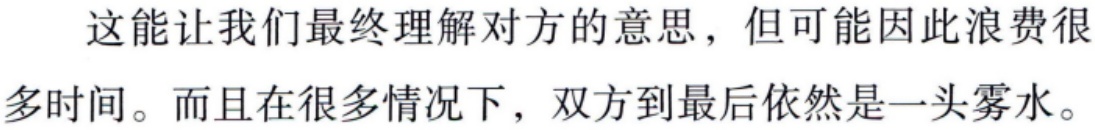
这能让我们最终理解对方的意思，但可能因此浪费很多时间。而且在很多情况下，双方到最后依然是一头雾水。